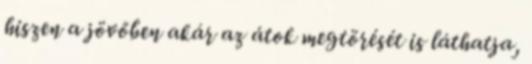
hiszen a jövőben akár az átok megtörését is láthatja,